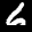
Label: 6